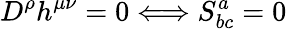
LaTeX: D^{\rho}h^{\mu\nu}=0\Longleftrightarrow S_{bc}^{a}=0